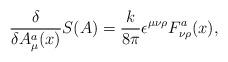
LaTeX: \begin{align*}{\delta \over \delta A_\mu^a(x)} S (A) = {k\over 8\pi}\epsilon^{\mu\nu\rho} F_{\nu\rho}^a(x),\end{align*}